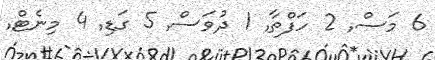
6 މަސް